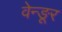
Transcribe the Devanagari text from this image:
वेन्ङूर